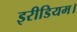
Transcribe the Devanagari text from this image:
इरीडियम।